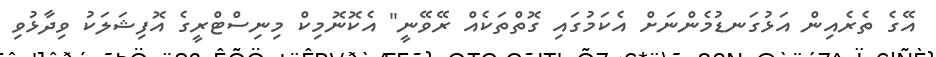
އޭގެ ތެރެއިން އަޅުގަނޑުމެންނަށް އެކަމުގައި ގޮތްތަކެއް ރޭވޭނީ" އެކޮނޮމިކް މިނިސްޓްރީގެ އޮފިޝަލަކު ވިދާޅުވި